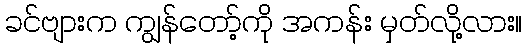
ခင်ဗျားက ကျွန်တော့်ကို အကန်း မှတ်လို့လား။